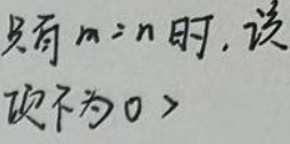
只有$m = n$时, 该
项不为$0$